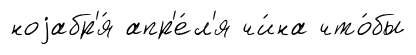
ноjабр'я́ апр'е́л'я чи́на что́бы